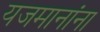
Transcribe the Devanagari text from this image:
यजमानांना